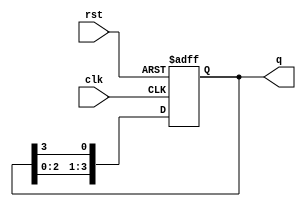
module synchronous_ring_counter #(
    parameter N = 4  // Number of flip-flops in the ring counter
)(
    input wire clk,       // Clock signal
    input wire rst,       // Asynchronous reset signal
    output reg [N-1:0] q  // Counter output
);

// Initial state for the ring counter
initial begin
    q = 1'b1; // Initialize the ring counter to '100...0'
end

always @(posedge clk or posedge rst) begin
    if (rst) begin
        // Asynchronous reset - set the counter to an initial state
        q <= 1'b1; // Reset to '100...0'
    end else begin
        // Shift the '1' to the right: the MSB gets the LSB value
        q <= {q[N-2:0], q[N-1]};
    end
end

endmodule